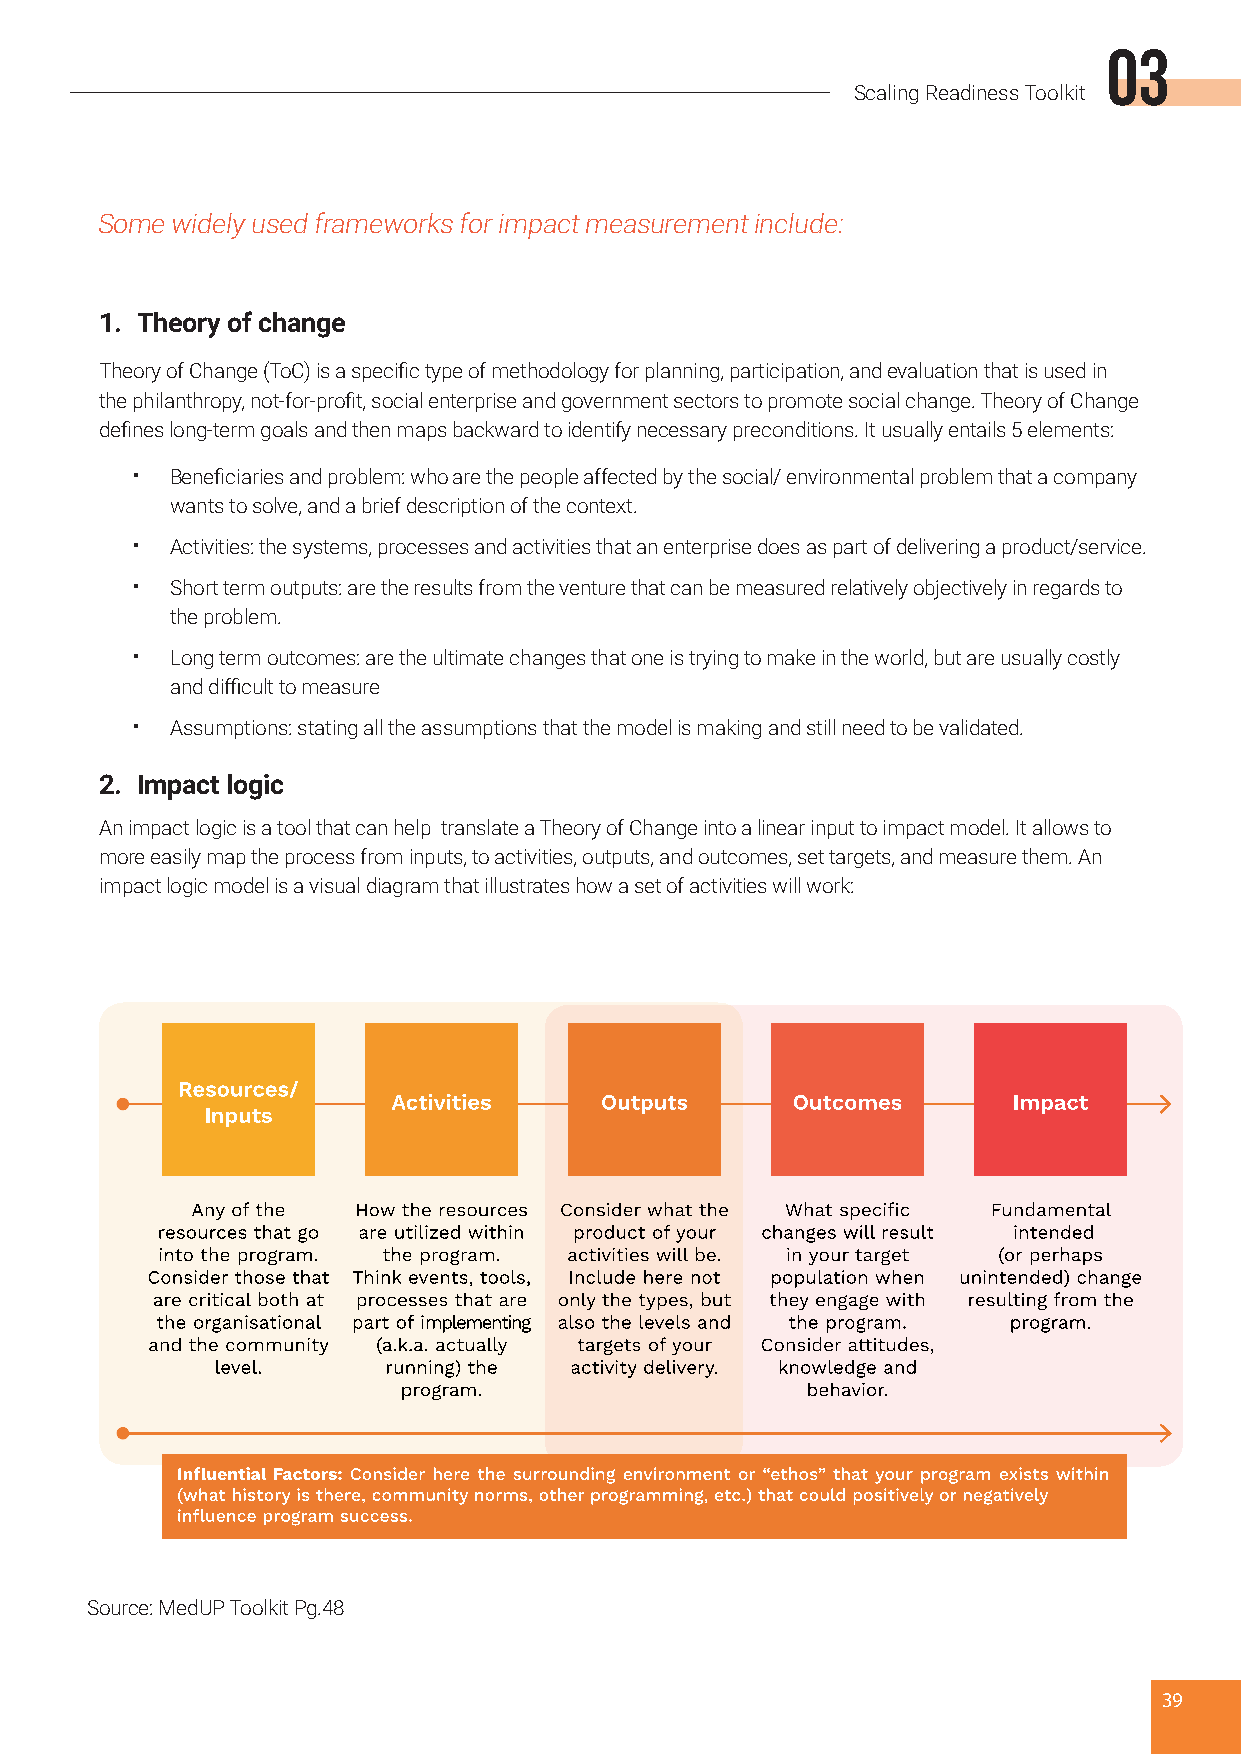
03
 Scaling Readiness Toolkit
 Some widely used frameworks for impact measurement include:
 1. Theory of change
 Theory of Change (ToC) is a specific type of methodology for planning, participation, and evaluation that is used in
 the philanthropy, not-for-profit, social enterprise and government sectors to promote social change. Theory of Change
 defines long-term goals and then maps backward to identify necessary preconditions. It usually entails 5 elements:
 • Beneficiaries and problem: who are the people affected by the social/ environmental problem that a company
 wants to solve, and a brief description of the context.
 • Activities: the systems, processes and activities that an enterprise does as part of delivering a product/service.
 • Short term outputs: are the results from the venture that can be measured relatively objectively in regards to
 the problem.
 • Long term outcomes: are the ultimate changes that one is trying to make in the world, but are usually costly
 and difficult to measure
 • Assumptions: stating all the assumptions that the model is making and still need to be validated.
 2. Impact logic
 An impact logic is a tool that can help translate a Theory of Change into a linear input to impact model. It allows to
 more easily map the process from inputs, to activities, outputs, and outcomes, set targets, and measure them. An
 impact logic model is a visual diagram that illustrates how a set of activities will work:
 Source: MedUP Toolkit Pg.48
 39